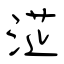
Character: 淽